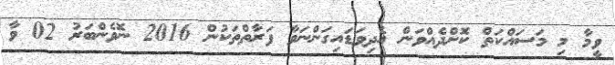
ވީމާ މި މަސައްކަތް ކޮށްދެއްވަން އެދިވަޑައިގަންނަވާ ފަރާތްތަކުން 2016 ނޮވެންބަރު 02 ވާ